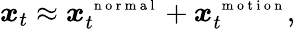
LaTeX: \boldsymbol x_{t}\approx\boldsymbol x_{t}^{\mathrm{~\scriptsize~n~o~r~m~a~l~}}+\boldsymbol x_{t}^{\mathrm{~\scriptsize~m~o~t~i~o~n~}},